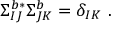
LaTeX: \Sigma _ { I J } ^ { b * } \Sigma _ { J K } ^ { b } = \delta _ { I K } ~ .